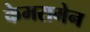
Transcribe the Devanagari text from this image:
केमरामेन